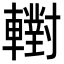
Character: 轛